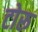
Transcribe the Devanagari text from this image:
टोरू